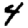
Digit: 4